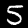
Label: 5